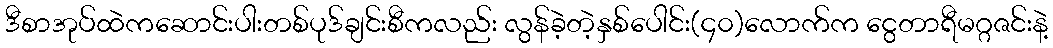
ဒီစာအုပ်ထဲကဆောင်းပါးတစ်ပုဒ်ချင်းစီကလည်း လွန်ခဲ့တဲ့နှစ်ပေါင်း(၄၀)လောက်က ငွေတာရီမဂ္ဂဇင်းနဲ့